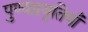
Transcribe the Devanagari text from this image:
पुण्यप्रवृतियाँ